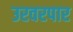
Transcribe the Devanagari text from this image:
उरवरपार